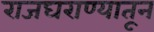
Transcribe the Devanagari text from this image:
राजघराण्यातून